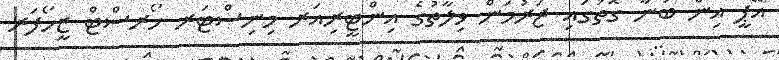
އޭޕީ އިން ބުނާ ގޮތުގައި ޖަރުމަން ވިލާތުގެ އިންޓީރިއަރ މިނިސްޓަރ ހޯރސްޓް ޒީހޯފަރ